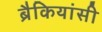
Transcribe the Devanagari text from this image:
ब्रैकियांसी